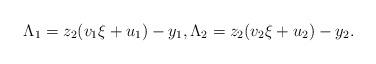
LaTeX: \begin{align*} \Lambda_1 = z_2 ( v_1 \xi + u_1 ) - y_1,\Lambda_2 = z_2 ( v_2 \xi + u_2 ) - y_2. \end{align*}